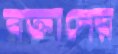
বক্তাদের